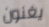
يغنون